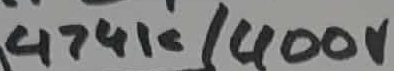
Text: 474K/400V